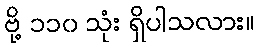
ဗို့ ၁၁၀ သုံး ရှိပါသလား။